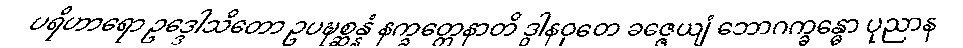
ပရိဟာရော ဥဒ္ဒေါသိတော ဥပဍ္ဎစ္ဆန္နံ နက္ခတ္တေနာတိ ဒွါနဝုတေ ခဇ္ဇေယျံ ဘောဂက္ခန္ဓော ပုညာန